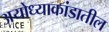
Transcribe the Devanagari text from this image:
अयोध्याकांडातील